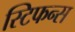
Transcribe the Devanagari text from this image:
स्टिफन्स